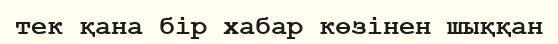
тек қана бір хабар көзінен шыққан